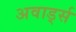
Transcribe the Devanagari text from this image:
अवार्ड्स